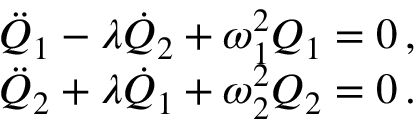
\begin{array} { r } { \Ddot { Q } _ { 1 } - \lambda \dot { Q } _ { 2 } + \omega _ { 1 } ^ { 2 } Q _ { 1 } = 0 \, , } \\ { \Ddot { Q } _ { 2 } + \lambda \dot { Q } _ { 1 } + \omega _ { 2 } ^ { 2 } Q _ { 2 } = 0 \, . } \end{array}